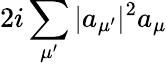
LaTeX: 2i\sum_{\mu^{\prime}}|a_{\mu^{\prime}}|^{2}a_{\mu}